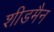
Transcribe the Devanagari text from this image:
शीडमैन